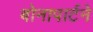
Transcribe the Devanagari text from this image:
बोनापार्टने